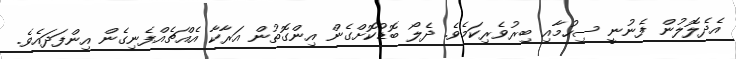
އެދެލޮލުން ފެނުނީ ސިހުމާއި ބިރުވެރިކަމެވެ. ދެލޯ ބޮޑުކޮށްގެން އިންގޮތުން އަރާކާ އެއްޗެއްފެނިގެން އިންފަދައެވެ.